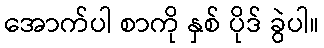
အောက်ပါ စာကို နှစ် ပိုဒ် ခွဲပါ။